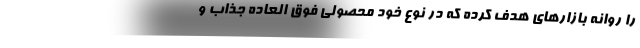
را روانه بازارهای هدف کرده که در نوع خود محصولی فوق العاده جذاب و